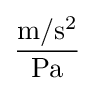
{\frac {\mathrm {m} /\mathrm {s} ^{2}}{\mathrm {Pa} }}